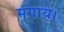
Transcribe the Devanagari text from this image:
मंगाये।